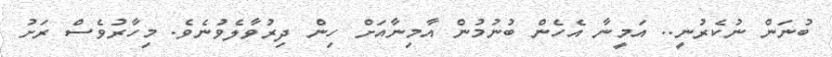
ބުނަން ނުކެރުނީ.. އަމީނާ އެހެން ބުނުމުން އާމިނާއަށް ހިން ދިރުވާލެވުނެވެ. މިހާރުވެސް ރަށު